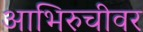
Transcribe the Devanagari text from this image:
आभिरुचीवर